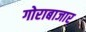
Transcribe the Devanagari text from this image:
गोराबाजार